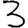
Digit: 3